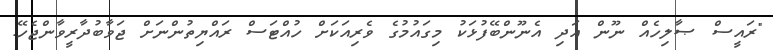
"ރައީސް ޞާލިހެއް ނޫން އަދި އެނޫންބޭފުޅަކު މިގައުމުގެ ވެރިއަކަށް ހުއްޓަސް ރައްޔިތުންނަށް ޖަވާބުދާރީވާންޖެހޭ.